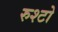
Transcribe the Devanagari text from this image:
रुश्टो